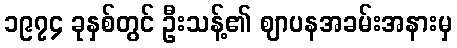
၁၉၇၄ ခုနှစ်တွင် ဦးသန့်၏ ဈာပနအခမ်းအနားမှ